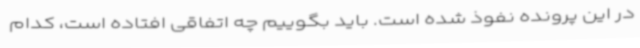
در این پرونده نفوذ شده است. باید بگوییم چه اتفاقی افتاده است، کدام